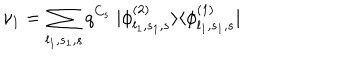
\nu _ { 1 } = \sum _ { l _ { 1 } , s _ { 1 } , s } q ^ { C _ { s } } ~ | \phi _ { l _ { 1 } , s _ { 1 } , s } ^ { ( 2 ) } \rangle \langle \phi _ { l _ { 1 } , s _ { 1 } , s } ^ { ( 1 ) } |